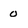
Character: 0